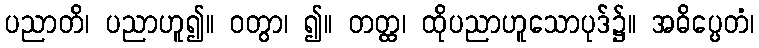
ပညာတိ၊ ပညာဟူ၍။ ဝတွာ၊ ၍။ တတ္ထ၊ ထိုပညာဟူသောပုဒ်၌။ အဓိပ္ပေတံ၊